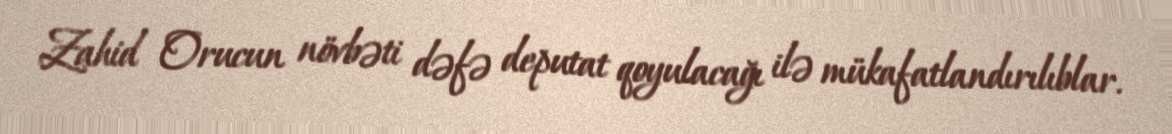
Zahid Orucun növbəti dəfə deputat qoyulacağı ilə mükafatlandırılıblar.